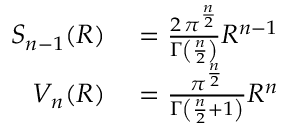
\begin{array} { r l } { S _ { n - 1 } ( R ) } & { { } = { \frac { 2 \, \pi ^ { \frac { n } { 2 } } } { \Gamma \left( { \frac { n } { 2 } } \right) } } R ^ { n - 1 } } \\ { V _ { n } ( R ) } & { { } = { \frac { \pi ^ { \frac { n } { 2 } } } { \Gamma \left( { \frac { n } { 2 } } + 1 \right) } } R ^ { n } } \end{array}